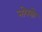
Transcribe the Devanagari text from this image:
नोस्के